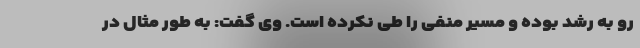
رو به رشد بوده و مسیر منفی را طی نکرده است. وی گفت: به طور مثال در